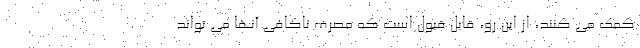
کمک می کنند، از این رو، قابل قبول است که مصرف ناکافی آنها می تواند